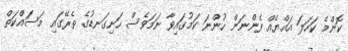
ކޮންމެ ކަހަލަ އައްޔެއް ފެންނަން ހުންނަ ކަމުގައިވާ ނަމަވެސް ހަށިގަނޑުގެ ތެރޭގައި މަސައްކަތް